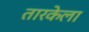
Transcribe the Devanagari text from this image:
तारकेला